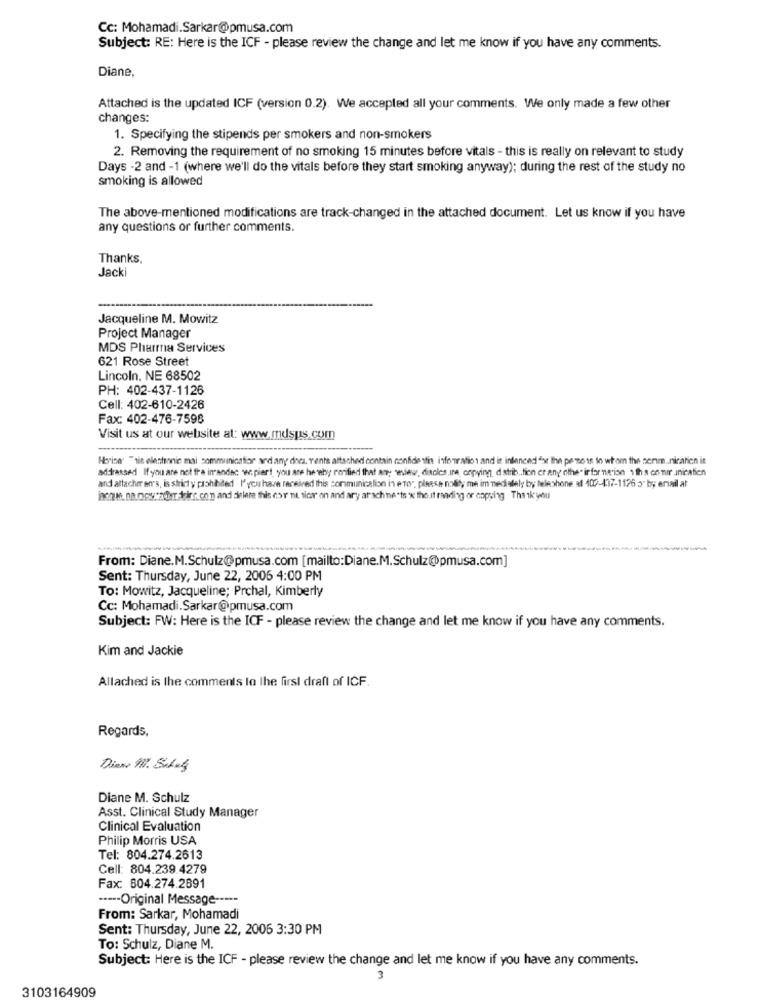
Cc: Mohamadi.Sarkar@pmusa.com
Subject: RE: Here is the ICF - please review the change and let me know if you have any comments.
Diane,
Attached is the updated ICF (version 0.2). We accepted all your comments. We only made a few other
changes:
1. Specifying the stipends per smokers and non-smokers
2. Removing the requirement of no smoking 15 minutes before vitals - this is really on relevant to study
Days -2 and - 1 (where we'll do the vitals before they start smoking anyway); during the rest of the study no
smoking is allowed
The above-mentioned modifications are track-changed in the attached document. Let us know if you have
any questions or further comments.
Thanks,
Jacki
Jacqueline M. Mowitz
Project Manager
MDS Pharma Services
621 Rose Street
Lincoln, NE 68502
PH: 402-437-1126
Cell: 402-610-2426
Fax: 402-476-7598
Visit us at our website at: www.mdsps.com
Harine" " sie elestonic mai communication and any dnes, vents attached contain confidenti information and is intenendest Ihn pe nost to whom the semm.nicatien it
addressed If you are not the imandac wir: piert, you are he why rorified that any wview, discles.ine, copying, distrib .. tion er any other irfornerion 1ths conir.inication
and attacher en's, is strict y prohibited I' you have received this communication in eTo", please notify me im mediately by telephone af 102-437-1176 5" by email at
inches. na noweaider dirr.com and dielere this cor nt sicer on and ary arach ne"ts w theuit reading or copying Thank you
---
From: Diane.M.Schulz@pmusa.com [mailto:Diane.M.Schulz@pmusa.com]
Sent: Thursday, June 22, 2006 4:00 PM
To: Mowitz, Jacqueline; Prchal, Kimberly
Cc: Mohamadi.Sarkar@pmusa.com
Subject: FW: Here is the ICF - please review the change and let me know if you have any comments.
Kim and Jackie
Allached is the comments lo the first draft of ICF.
Regards,
Diens All. Sites
Diane M. Schulz
Asst. Clinical Study Manager
Clinical Evaluation
Philip Morris USA
Tel: 804.274.2613
Cell: 804.239.4279
Fax: 604.274.2891
----- Original Message -----
From: Sarkar, Mohamadi
Sent: Thursday, June 22, 2006 3:30 PM
To: Schulz, Diane M.
Subject: Here is the ICF - please review the change and let me know if you have any comments.
3
3103164909